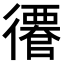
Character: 𢖎